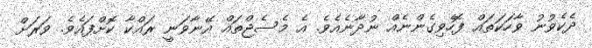
ދެކެވުނު ވާހަކަތައް ފޮހެވިގެންނެއް ނުދާނެއެވެ. އެ މެސެޖްތައް އޭނާވަނީ ރައްކާ ކޮށްފައެވެ. ވަރަށް